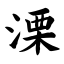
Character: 溧